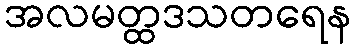
အလမတ္ထဒသတရေန